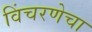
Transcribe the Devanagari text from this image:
विंचरणेचा